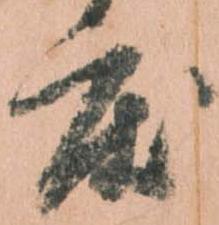
度